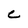
Character: C